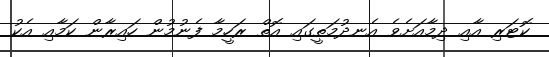
ކޮޓަރި އާއި ދިމާއަށެވެ އެނދުމަތީގައި އޮތް ރަހީމާ ފެނުމުން ހައިރާން ކަމާއި އެކު